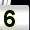
Digit: 5